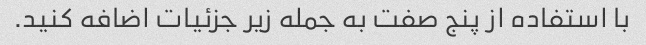
با استفاده از پنج صفت به جمله زیر جزئیات اضافه کنید.